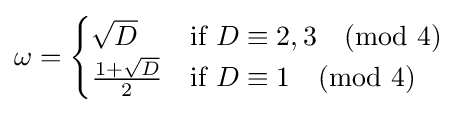
\omega ={\begin{cases}{\sqrt {D}}&{\mbox{if }}D\equiv 2,3{\pmod {4}}\\{{1+{\sqrt {D}}} \over 2}&{\mbox{if }}D\equiv 1{\pmod {4}}\end{cases}}